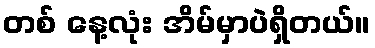
တစ် နေ့လုံး အိမ်မှာပဲရှိတယ်။